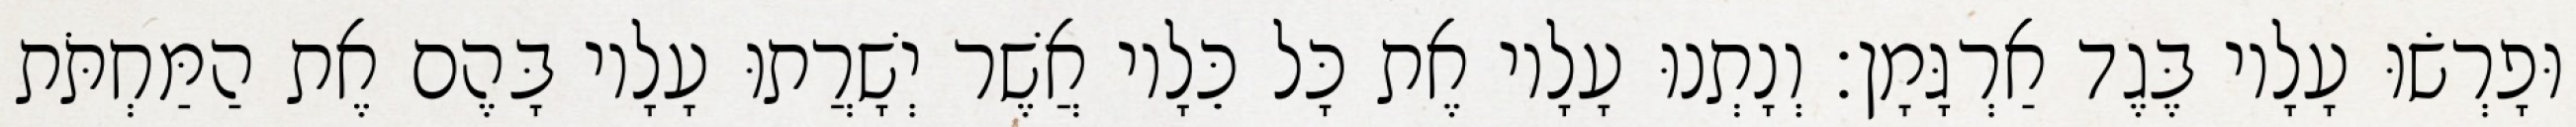
וּפָרְשׂוּ עָלָיו בֶּגֶד אַרְגָּמָן׃ וְנָתְנוּ עָלָיו אֶת כָּל כֵּלָיו אֲשֶׁר יְשָׁרֲתוּ עָלָיו בָּהֶם אֶת הַמַּחְתֹּת